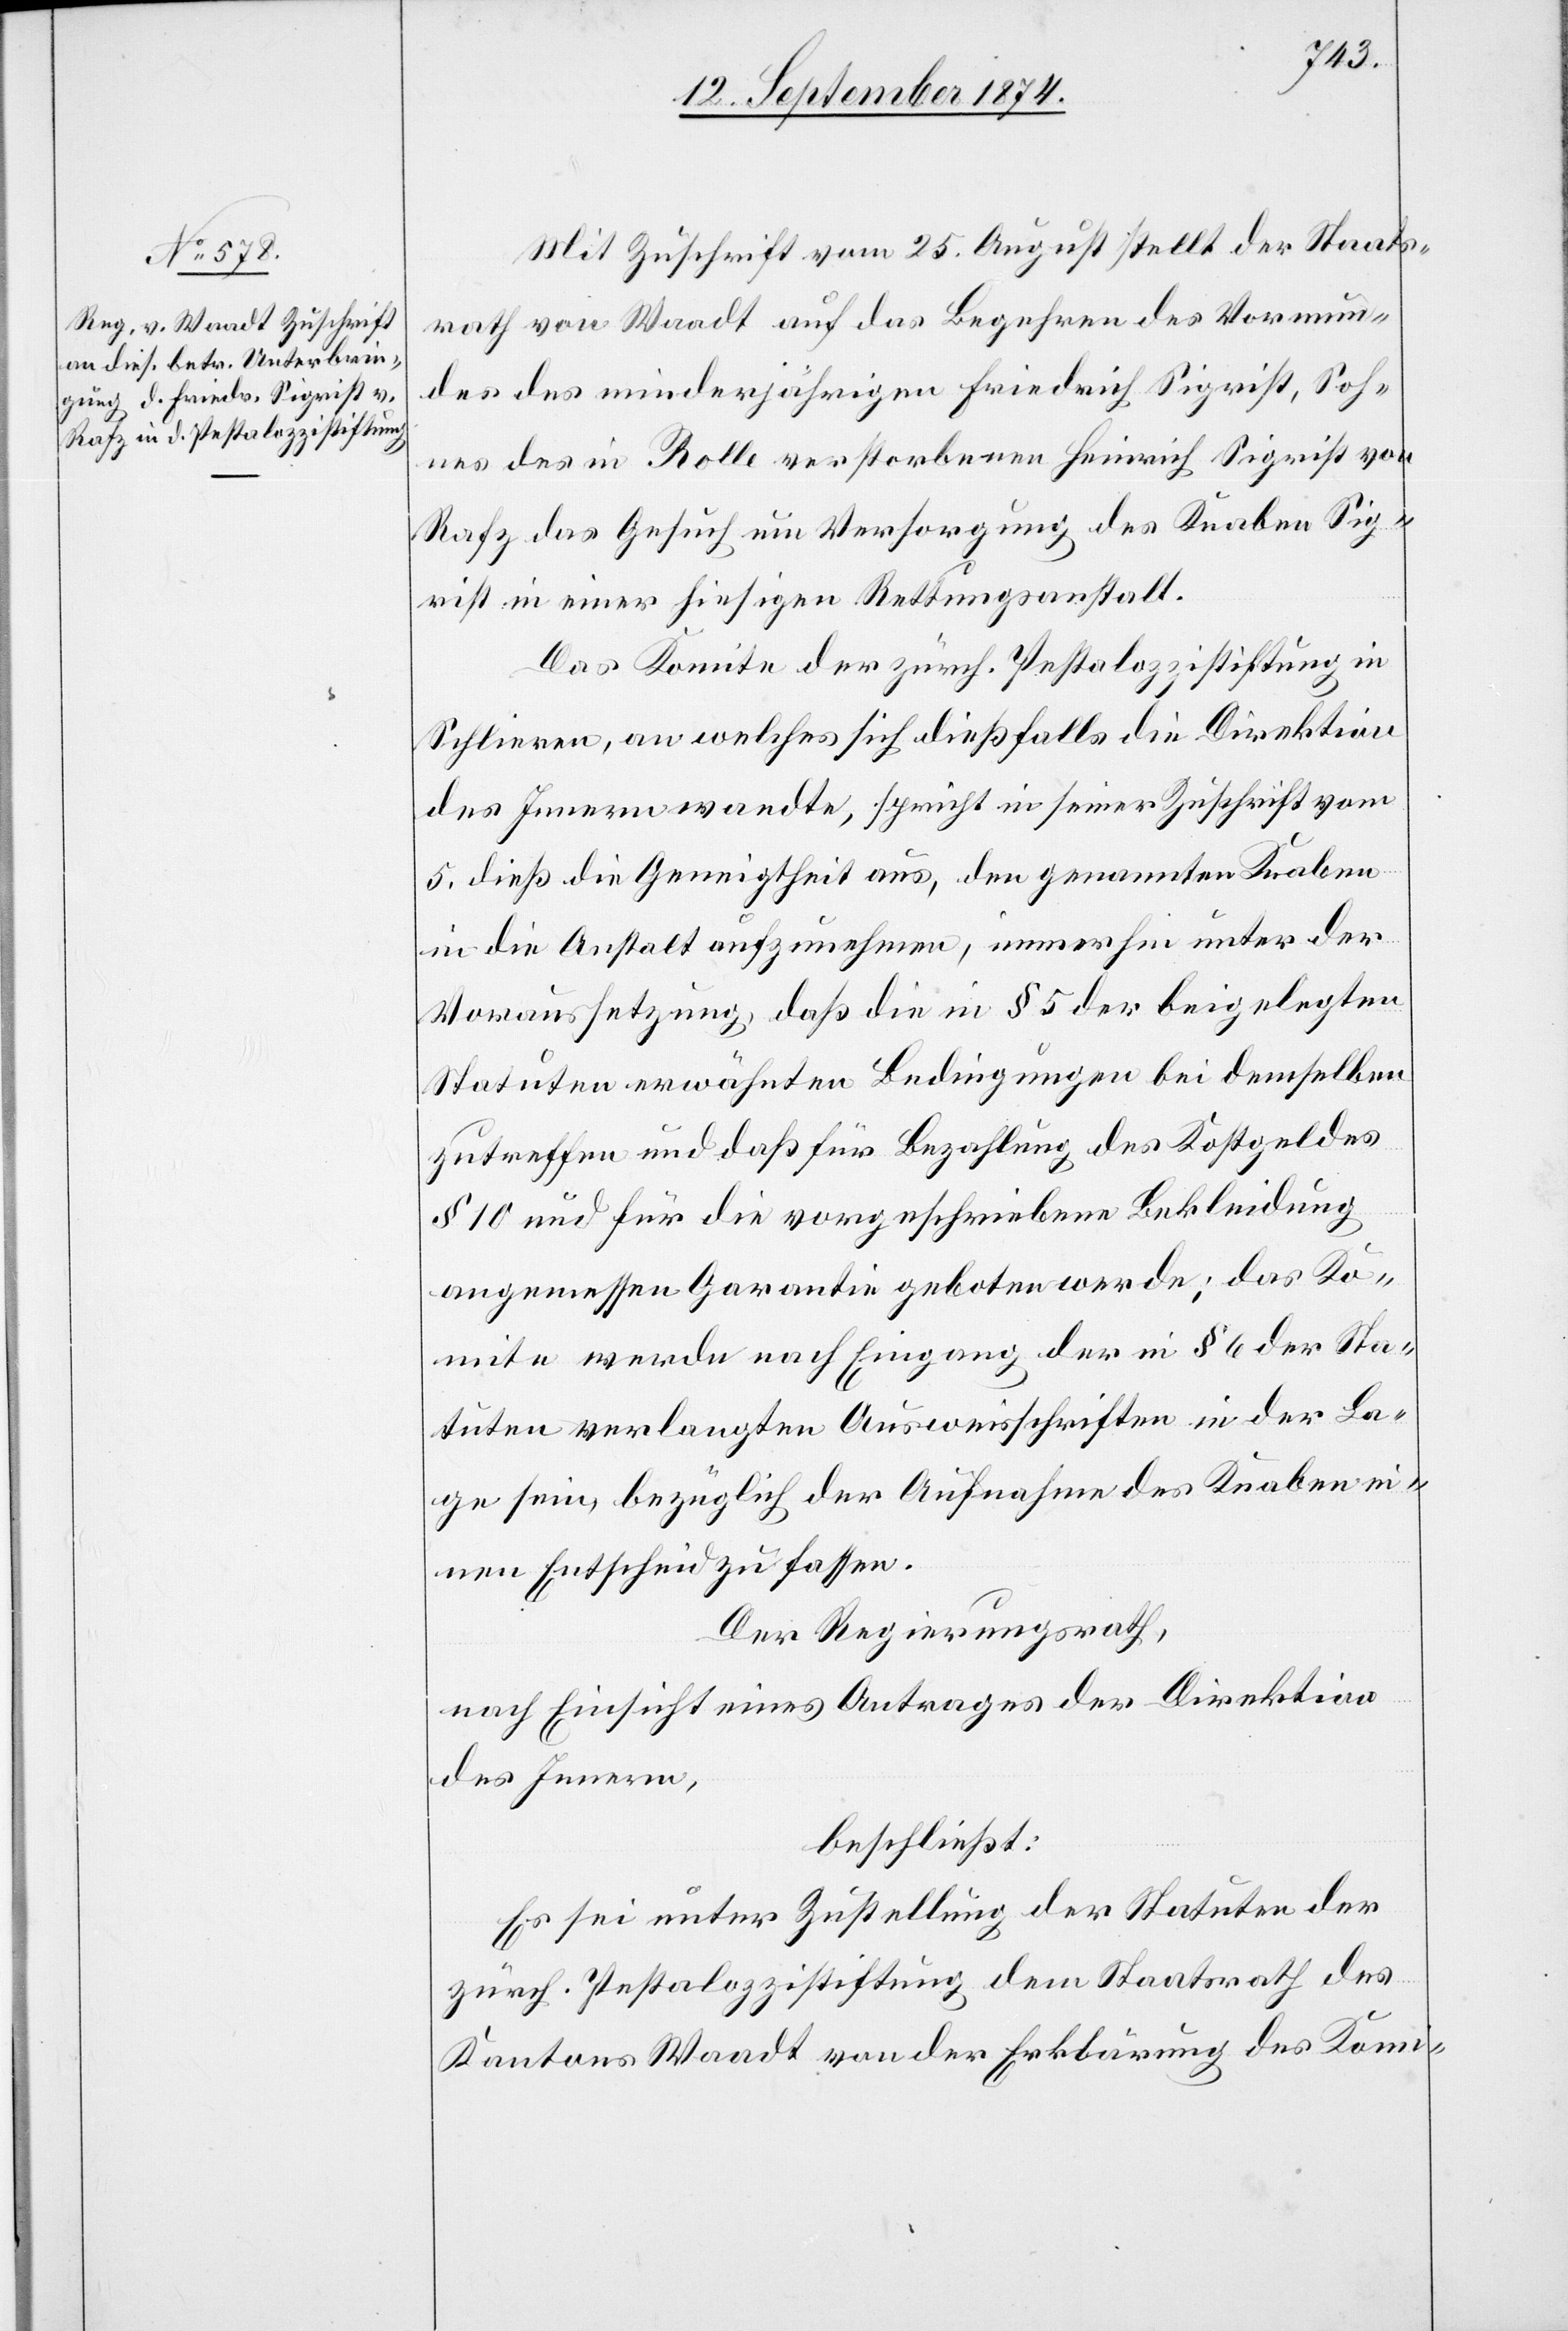
Mit Zuschrift vom 25. August stellt der Staats¬
rath von Waadt auf das Begehren des Vormun¬
des des minderjährigen Friedrich Sigrist, Soh¬
nes des in Rolle verstorbenen Heinrich Sigrist von
Rafz das Gesuch um Versorgung des Knaben Sig¬
rist in einer hiesigen Rettungsanstalt.
Das Komitee der zürch. Pestalozzistiftung in
Schlieren, an welches sich dießfalls die Direktion
des Innern wandte, spricht in seiner Zuschrift vom
5. dieß die Geneigtheit aus, den genannten Knaben
in die Anstalt aufzunehmen, immerhin unter der
Voraussetzung, daß die in § 5 der beigelegten
Statuten erwähnten Bedingungen bei demselben
zutreffen und daß für Bezahlung des Kostgeldes
§ 10 und für die vorgeschriebene Bekleidung
angemessen Garantie geboten werde; das Ko¬
mitee werde nach Eingang der in § 6 der Sta¬
tuten verlangten Ausweisschriften in der La¬
ge sein, bezüglich der Aufnahme des Knaben ei¬
nen Entscheid zu fassen.
Der Regierungsrath,
nach Einsicht eines Antrages der Direktion
des Innern,
beschließt:
Es sei unter Zustellung der Statuten der
zürch. Pestalozzistiftung dem Staatsrath des
Kantons Waadt von der Erklärung des Komi-